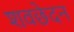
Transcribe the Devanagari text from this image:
शवछेदन